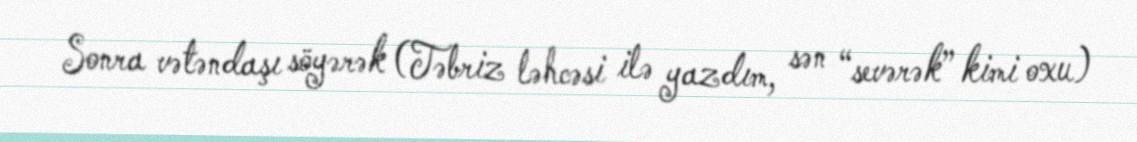
Sonra vətəndaşı söyərək (Təbriz ləhcəsi ilə yazdım, sən “sevərək” kimi oxu)